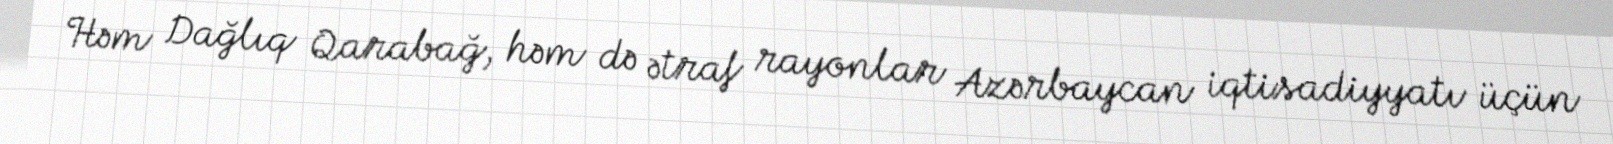
Həm Dağlıq Qarabağ, həm də ətraf rayonlar Azərbaycan iqtisadiyyatı üçün